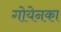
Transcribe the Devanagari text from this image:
गोयेनका